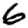
Digit: 6